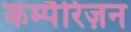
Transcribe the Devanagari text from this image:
कम्पैरिज़न